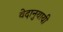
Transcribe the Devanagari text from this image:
वेदानुयायी